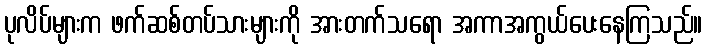
ပုလိပ်များက ဖက်ဆစ်တပ်သားများကို အားတက်သရော အကာအကွယ်ပေးနေကြသည်။